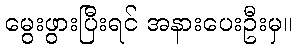
မွေးဖွားပြီးရင် အနားပေးဦးမှ။